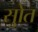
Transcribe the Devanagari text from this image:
सुोत